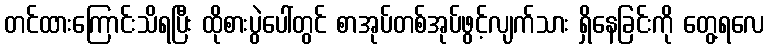
တင်ထားကြောင်းသိရပြီး ထိုစားပွဲပေါ်တွင် စာအုပ်တစ်အုပ်ဖွင့်လျက်သား ရှိနေခြင်းကို တွေ့ရလေ